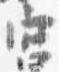
宮